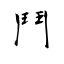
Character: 鬥